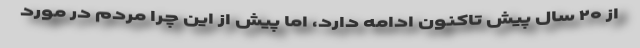
از ۲۰ سال پیش تاکنون ادامه دارد، اما پیش از این چرا مردم در مورد